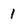
Character: 1